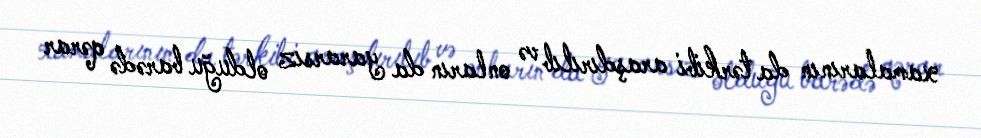
xamalarının da tərkibi araşdırılıb və onların da yararsız olduğu barədə qərar